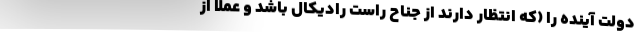
دولت آینده را (که انتظار دارند از جناح راست رادیکال باشد و عملا از